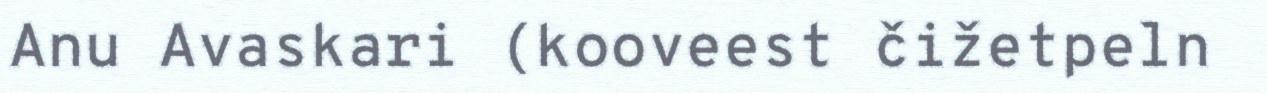
Anu Avaskari (kooveest čižetpeln